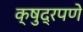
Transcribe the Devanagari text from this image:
क्षुद्रपणे